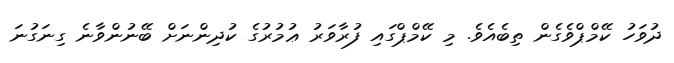
ދުވަހު ކޭމްޕްވެެގެން ތިބެއެވެ. މި ކޭމްޕްގައި ފުރާވަރު ޢުމުރުގެ ކުދިންނަށް ބޭނުންވާނެ ގިނަގުނަ